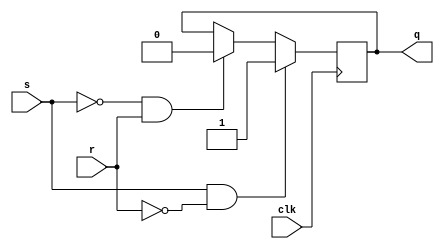
module sr_flipflop (
  input s,  // Set input
  input r,  // Reset input
  input clk,  // Clock input
  output reg q  // Output
);

  always @(posedge clk) begin
    if (s && ~r)  // Active-High SR flip-flop
      q <= 1'b1;
    else if (~s && r)  // Active-High SR flip-flop
      q <= 1'b0;
  end

endmodule